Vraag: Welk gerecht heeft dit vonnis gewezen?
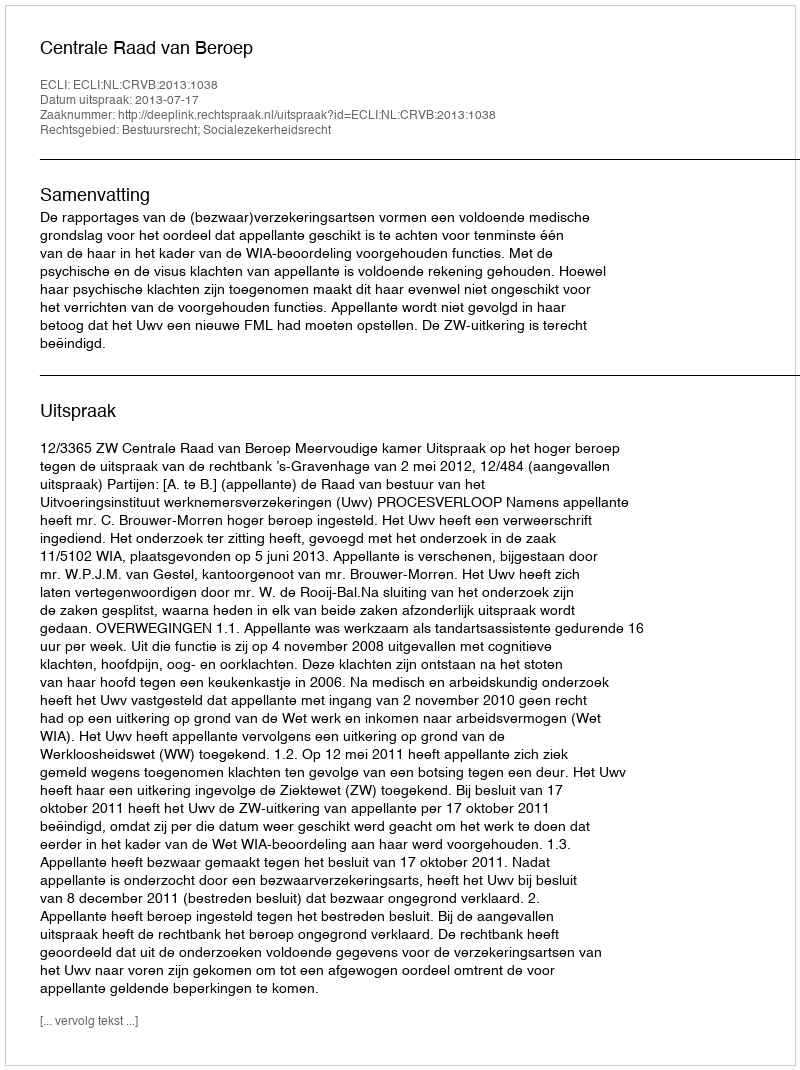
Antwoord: Centrale Raad van Beroep